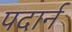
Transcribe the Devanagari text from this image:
पदार्न